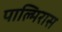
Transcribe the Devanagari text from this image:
पाल्मिरास